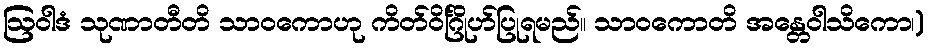
ဩဝါဒံ သုဏာတီတိ သာဝကောဟု ကိတ်ဝိင်္ဂြိုဟ်ပြုရမည်။ သာဝကောတိ အန္တေဝါသိကော၊)